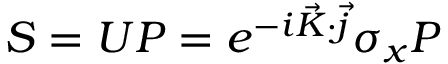
S = U P = e ^ { - i \vec { K } \cdot \vec { j } } \sigma _ { x } P